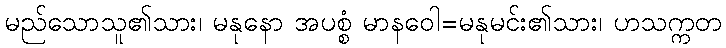
မည်သောသူ၏သား၊ မနုနော အပစ္စံ မာနဝေါ=မနုမင်း၏သား၊ ဟသက္ကတ